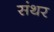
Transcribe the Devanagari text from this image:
संथर